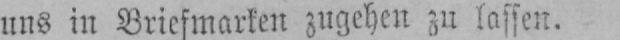
uns in Briefmarken zugehen zu lassen.